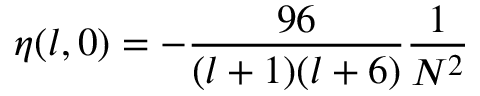
\eta ( l , 0 ) = - \frac { 9 6 } { ( l + 1 ) ( l + 6 ) } \frac { 1 } { N ^ { 2 } }